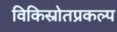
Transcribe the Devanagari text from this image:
विकिस्रोतप्रकल्प